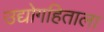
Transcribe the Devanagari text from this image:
उद्योगहिताला